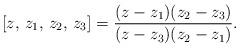
LaTeX: \begin{align*} [z,\,z_1,\,z_2,\,z_3]=\frac{(z-z_1)(z_2-z_3)}{(z-z_3)(z_2-z_1)}.\end{align*}